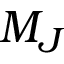
M _ { J }